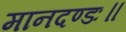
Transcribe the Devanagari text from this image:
मानदण्डः॥